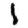
Digit: 1